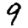
Digit: 9